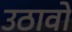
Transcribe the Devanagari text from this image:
उठावो